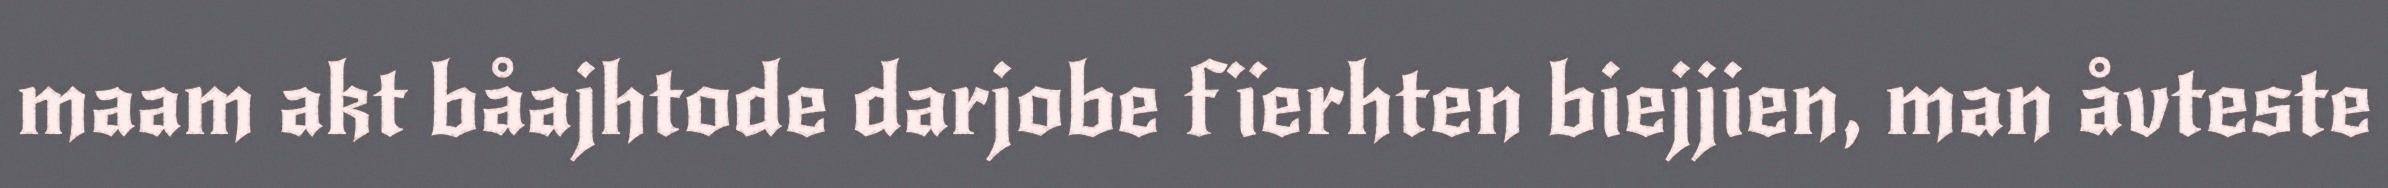
maam akt båajhtode darjobe fïerhten biejjien, man åvteste